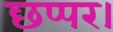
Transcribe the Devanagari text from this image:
छप्पर।